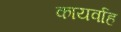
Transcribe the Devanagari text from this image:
कायर्वाह